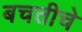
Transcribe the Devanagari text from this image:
बचतीचे